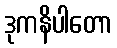
ဒုကနိပါတော